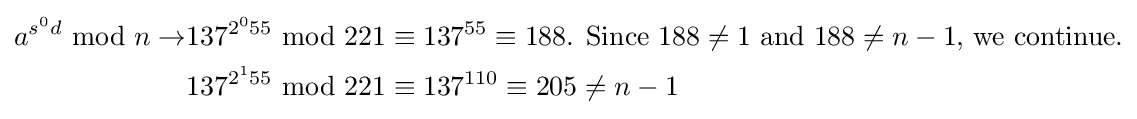
{\begin{aligned}a^{{s^{0}}d}{\text{ mod }}n\rightarrow &137^{{2^{0}}55}{\text{ mod }}221\equiv 137^{55}\equiv 188{\text{. Since }}188\neq 1{\text{ and }}188\neq n-1{\text{, we continue.}}\\&137^{{2^{1}}55}{\text{ mod }}221\equiv 137^{110}\equiv 205\neq n-1\end{aligned}}